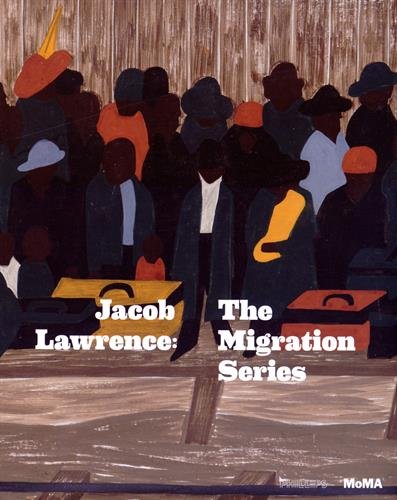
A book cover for Jacob Lawrence: The Migration Series; Elizabeth Alexander; Arts & Photography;